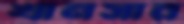
খানসার